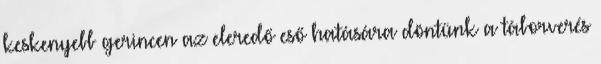
keskenyebb gerincen az eleredő eső hatására döntünk a táborverés